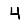
Digit: 4